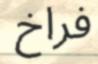
فراخ